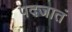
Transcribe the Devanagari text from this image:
पदजातं